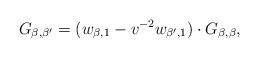
LaTeX: \begin{align*} G_{\beta,\beta'}=(w_{\beta,1}-v^{-2}w_{\beta',1})\cdot G_{\beta,\beta},\end{align*}